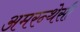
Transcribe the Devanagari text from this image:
अमरन्थेसी